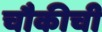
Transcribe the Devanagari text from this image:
चौकीची